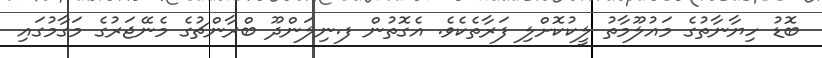
ބޮޑު ހިޔާނާތުގެ މައުލޫމާތު ލީކުކޮށްލި ފަރާތެކެވެ. އެގޮތުން ފ.ނިލަންދޫ ބްރާންޗުގެ މެނޭޖަރުގެ މަގާމުގައި